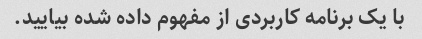
با یک برنامه کاربردی از مفهوم داده شده بیایید.